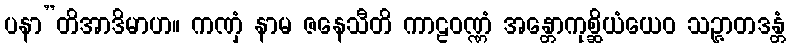
ပနာ”တိအာဒိမာဟ။ ကဏှံ နာမ ဇနေသီတိ ကာဠဝဏ္ဏံ အန္တောကုစ္ဆိယံယေဝ သဉ္ဇာတဒန္တံ